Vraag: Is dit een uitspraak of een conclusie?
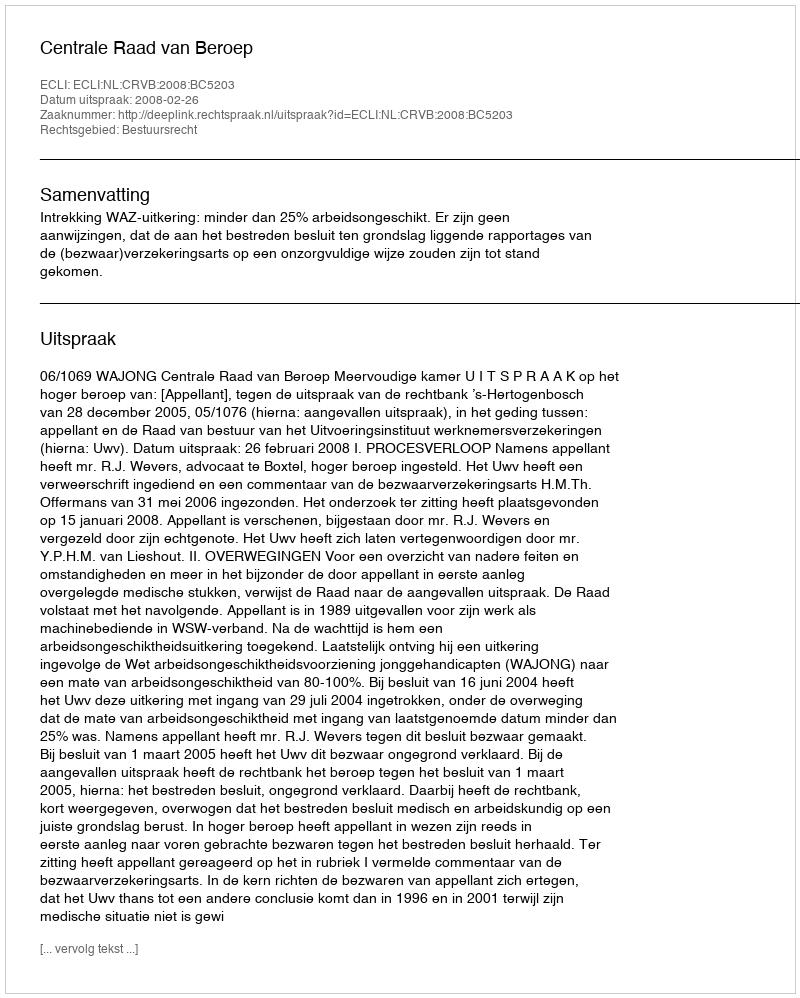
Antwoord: Uitspraak